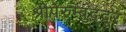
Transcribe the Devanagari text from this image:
श्रीपेरुम्बुद्दूर